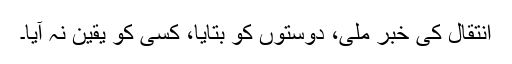
انتقال کی خبر ملی، دوستوں کو بتایا، کسی کو یقین نہ آیا۔